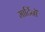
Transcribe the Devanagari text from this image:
मार्टिनों